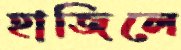
হাজিলে